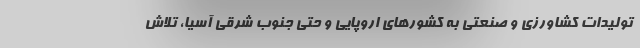
تولیدات کشاورزی و صنعتی به کشورهای اروپایی و حتی جنوب شرقی آسیا، تلاش